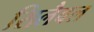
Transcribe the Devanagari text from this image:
सिलैबल